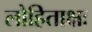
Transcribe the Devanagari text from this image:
लोहिताक्षः